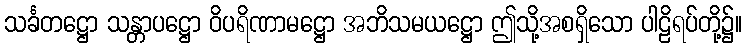
သင်္ခတဋ္ဌော သန္တာပဋ္ဌော ဝိပရိဏာမဋ္ဌော အဘိသမယဋ္ဌော ဤသို့အစရှိသော ပါဠိရပ်တို့၌။